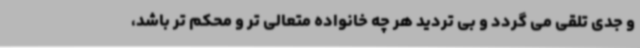
و جدی تلقی می گردد و بی تردید هر چه خانواده متعالی تر و محکم تر باشد،